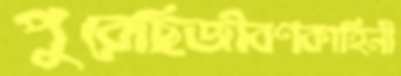
পুরেছিজীবণকাহিনী